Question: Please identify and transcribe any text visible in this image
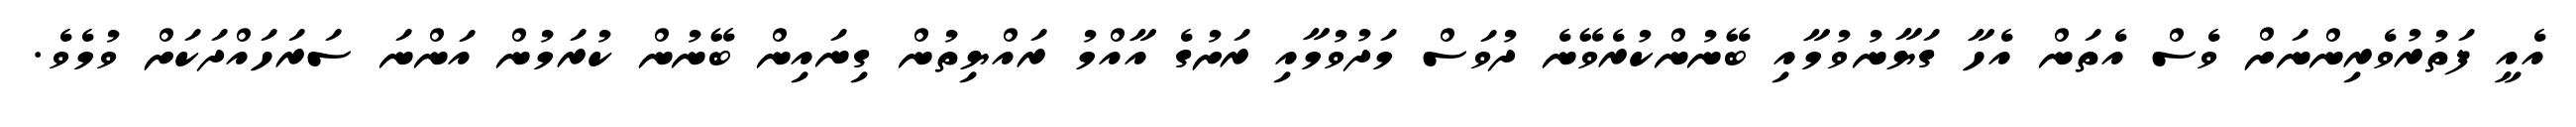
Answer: އެއީ ފަތުރުވެރިންނަށް ވެސް އެތަން އެހާ ގަޔާނުވުމާއި ބޭނުންކުރެވޭނެ ދުވަސް މަދުވުމާއި ރަށުގެ އާއްމު ރައްޔިތުން ގިނައިން ބޭނުން ކުރަމުން އަންނަ ސަރަހައްދަކަށް ވުމެވެ.